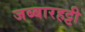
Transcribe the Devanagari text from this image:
जब्‍बारहट्टी